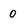
Character: 0